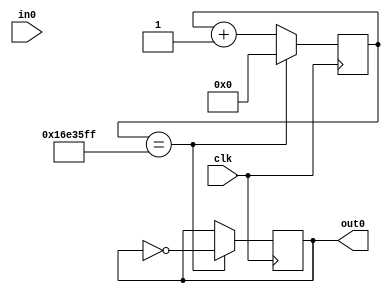
// TANG PriMER is 24MHz.
module counter(
    input wire clk,
    input wire in0,
    output wire out0
);

parameter COUNT_MAX = 25'd23_999_999;

reg FF;
reg [24:0] count;

always @(posedge clk) begin
    count <= count + 25'd1; // 25-bit wide, decimal, 1

    if (count == COUNT_MAX) begin
        FF <= ~FF;
        count <= 25'd0;  // reset.
    end
end

assign out0 = FF;

endmodule